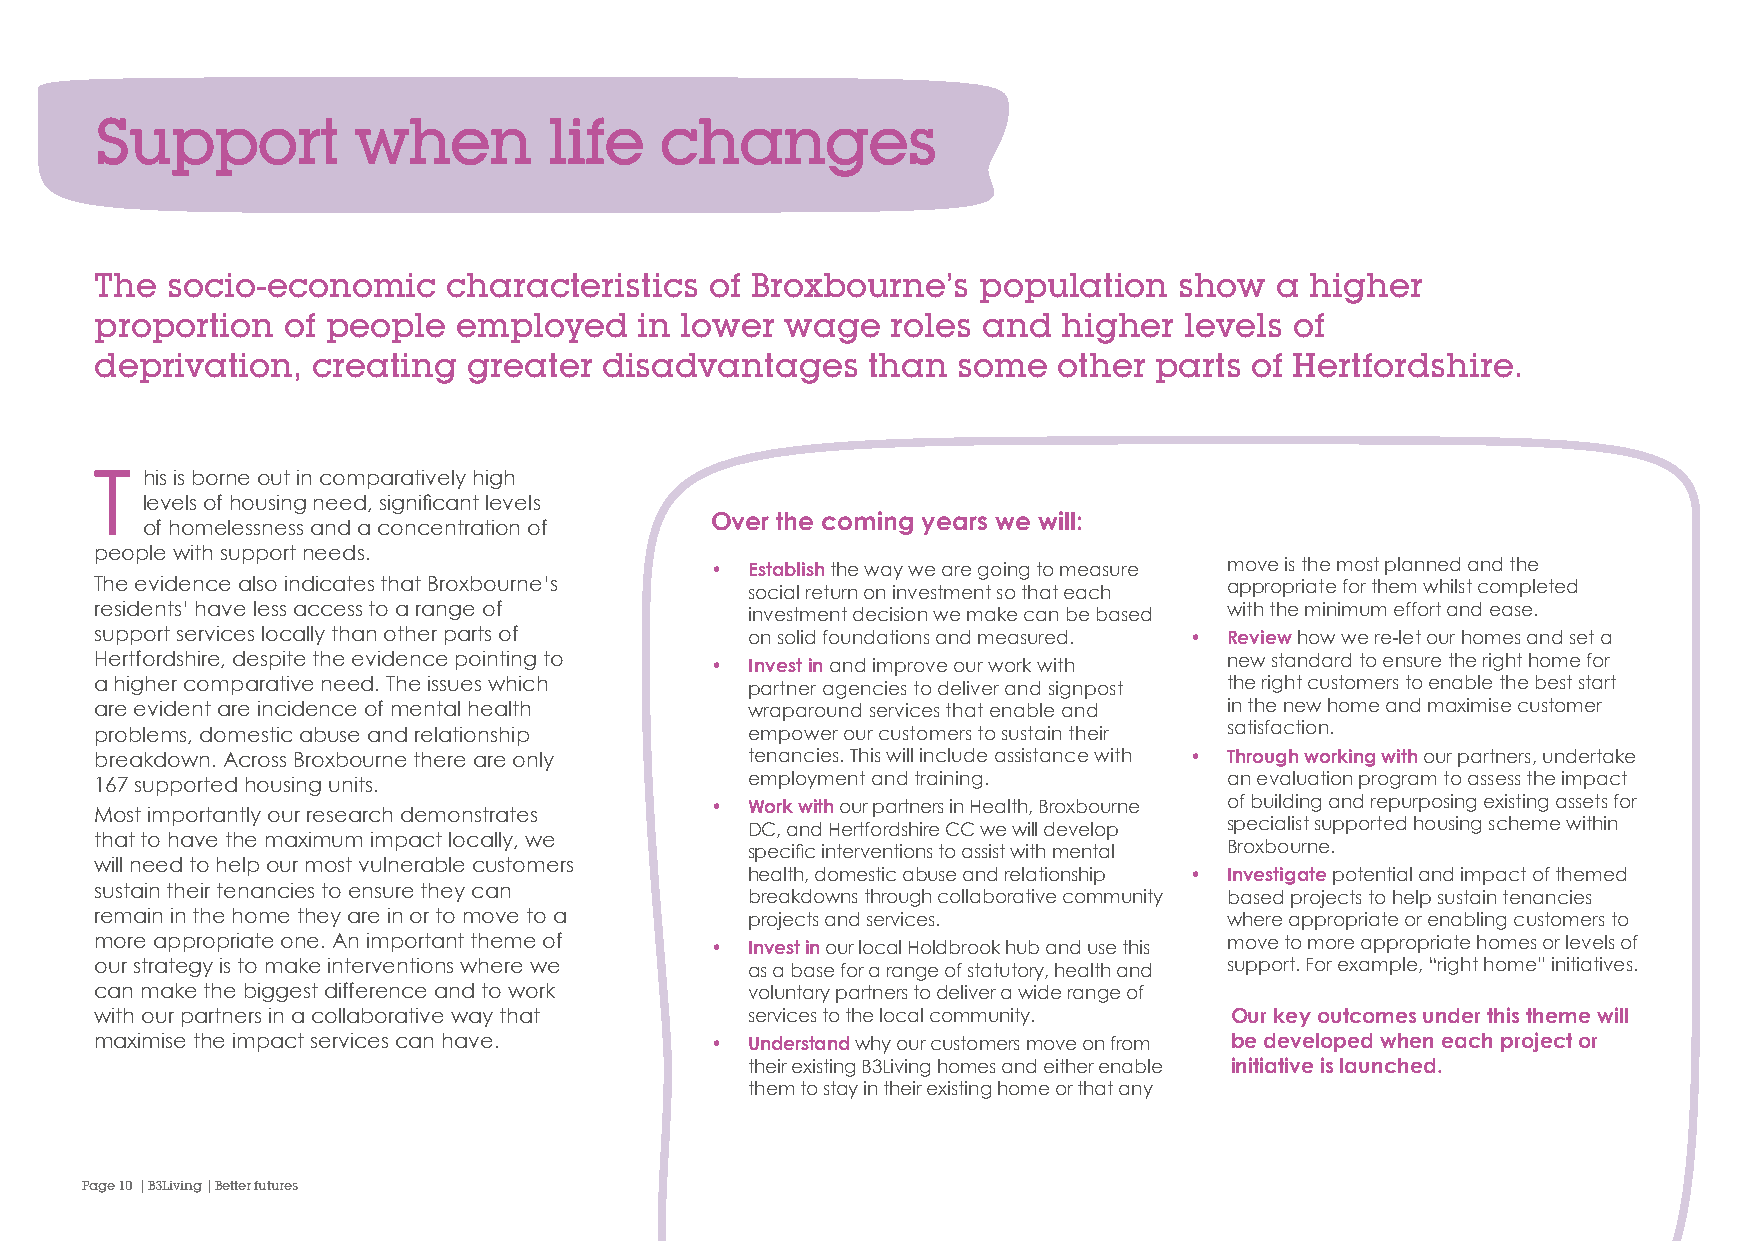
Support          when         life    changes
 The  socio-economic     characteristics  of Broxbourne’s   population   show   a higher
 proportion   of people  employed    in lower  wage   roles and  higher  levels  of
 deprivation,   creating  greater  disadvantages     than some   other parts  of Hertfordshire.
 T  his is borne out in comparatively high
 levels of housing need, significant levels
 Over the coming years we will:
 of homelessness and a concentration of
 people with support needs.
 •  Establish the way we are going to measure move is the most planned and the
 The evidence also indicates that Broxbourne’s social return on investment so that each appropriate for them whilst completed
 residents’ have less access to a range of   investment decision we make can be based with the minimum effort and ease.
 support services locally than other parts of on solid foundations and measured. • Review how we re-let our homes and set a
 Hertfordshire, despite the evidence pointing to • Invest in and improve our work with new standard to ensure the right home for
 a higher comparative need. The issues which partner agencies to deliver and signpost the right customers to enable the best start
 are evident are incidence of mental health  wraparound services that enable and in the new home and maximise customer
 problems, domestic abuse and relationship   empower our customers to sustain their satisfaction.
 breakdown. Across Broxbourne there are only tenancies. This will include assistance with • Through working with our partners, undertake
 167 supported housing units.                employment and training.       an evaluation program to assess the impact
 •  Work with our partners in Health, Broxbourne of building and repurposing existing assets for
 Most importantly our research demonstrates
 DC, and Hertfordshire CC we will develop specialist supported housing scheme within
 that to have the maximum impact locally, we
 specific interventions to assist with mental Broxbourne.
 will need to help our most vulnerable customers
 health, domestic abuse and relationship • Investigate potential and impact of themed
 sustain their tenancies to ensure they can
 breakdowns through collaborative community based projects to help sustain tenancies
 remain in the home they are in or to move to a projects and services.      where appropriate or enabling customers to
 more appropriate one. An important theme of • Invest in our local Holdbrook hub and use this move to more appropriate homes or levels of
 our strategy is to make interventions where we as a base for a range of statutory, health and support. For example, “right home” initiatives.
 can make the biggest difference and to work voluntary partners to deliver a wide range of
 with our partners in a collaborative way that services to the local community. Our key outcomes under this theme will
 maximise the impact services can have.   •  Understand why our customers move on from be developed when each project or
 their existing B3Living homes and either enable initiative is launched.
 them to stay in their existing home or that any
 Page 10 | B3Living | Better futures